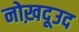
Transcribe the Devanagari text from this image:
नोख़दूउद